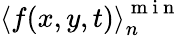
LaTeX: \left\langle f(x,y,t)\right\rangle_{n}^{\mathrm{~m~i~n~}}